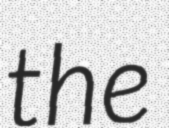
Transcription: the